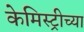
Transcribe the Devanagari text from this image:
केमिस्ट्रीच्या